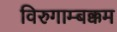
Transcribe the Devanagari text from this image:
विरुगाम्बक्कम